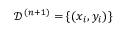
\mathcal { D } ^ { ( n + 1 ) } = \{ ( x _ { i } , y _ { i } ) \}